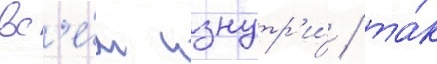
вс'е́м изнутр'и́ / та́к